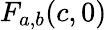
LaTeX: F_{a,b}(c,0)